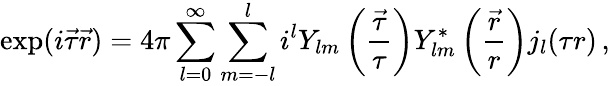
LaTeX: \exp(i\vec{\tau}\vec{r})=4\pi\sum_{l=0}^{\infty}\sum_{m=-l}^{l}i^{l}Y_{lm}\left(\frac{\vec{\tau}}{\tau}\right)Y_{lm}^{\ast}\left(\frac{\vec{r}}{r}\right)j_{l}(\tau r)\, ,